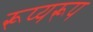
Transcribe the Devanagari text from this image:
रूप्यरूप